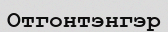
Отгонтэнгэр